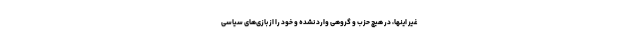
غیر اینها، در هیچ حزب و گروهی وارد نشده و خود را از بازی‌های سیاسی